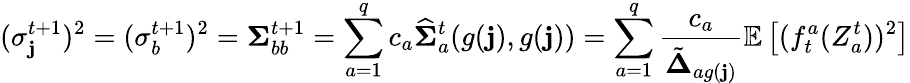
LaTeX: (\sigma_{\mathbf{j}}^{t+1})^{2}=(\sigma_{b}^{t+1})^{2}=\boldsymbol{\Sigma}_{bb}^{t+1}=\sum_{a=1}^{q}c_{a}\widehat{{\boldsymbol{\Sigma}}}_{a}^{t}(g(\mathbf{j}),g(\mathbf{j}))=\sum_{a=1}^{q}\frac{{c_{a}}}{{\tilde{{\boldsymbol{\Delta}}}_{ag(\mathbf{j})}}}\mathbb{{E}}\left[(f_{t}^{a}(Z_{a}^{t}))^{2}\right]